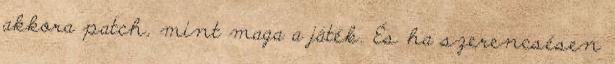
akkora patch, mint maga a játék. És ha szerencsésen